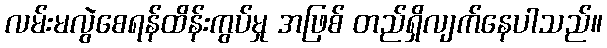
လမ်းမလွဲစေရန်ထိန်းကွပ်မှု အဖြစ် တည်ရှိလျက်နေပါသည်။